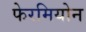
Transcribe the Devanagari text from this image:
फेरमियोन